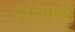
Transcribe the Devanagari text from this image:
रथांमध्ये